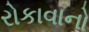
રોકાવાનો